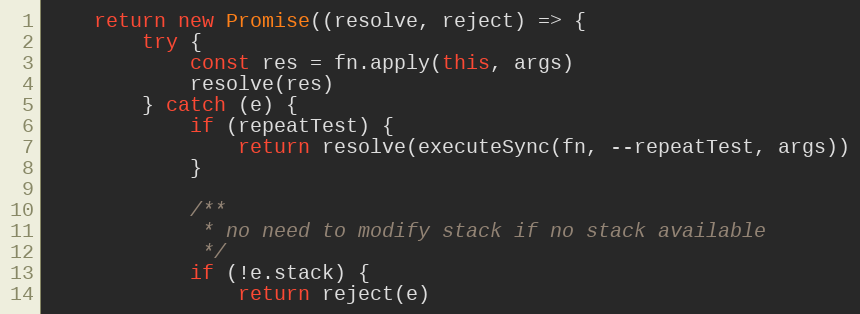
Language: JavaScript
    return new Promise((resolve, reject) => {
        try {
            const res = fn.apply(this, args)
            resolve(res)
        } catch (e) {
            if (repeatTest) {
                return resolve(executeSync(fn, --repeatTest, args))
            }

            /**
             * no need to modify stack if no stack available
             */
            if (!e.stack) {
                return reject(e)